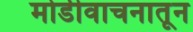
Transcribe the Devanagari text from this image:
मोडीवाचनातून